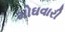
મોઘવારી